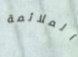
الملائمة